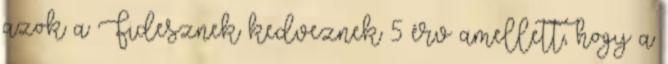
azok a Fidesznek kedveznek 5 érv amellett, hogy a